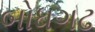
બોધગઢ